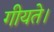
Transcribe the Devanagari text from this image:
गीयते।